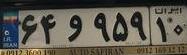
۶۴و۹۵۹۱۰